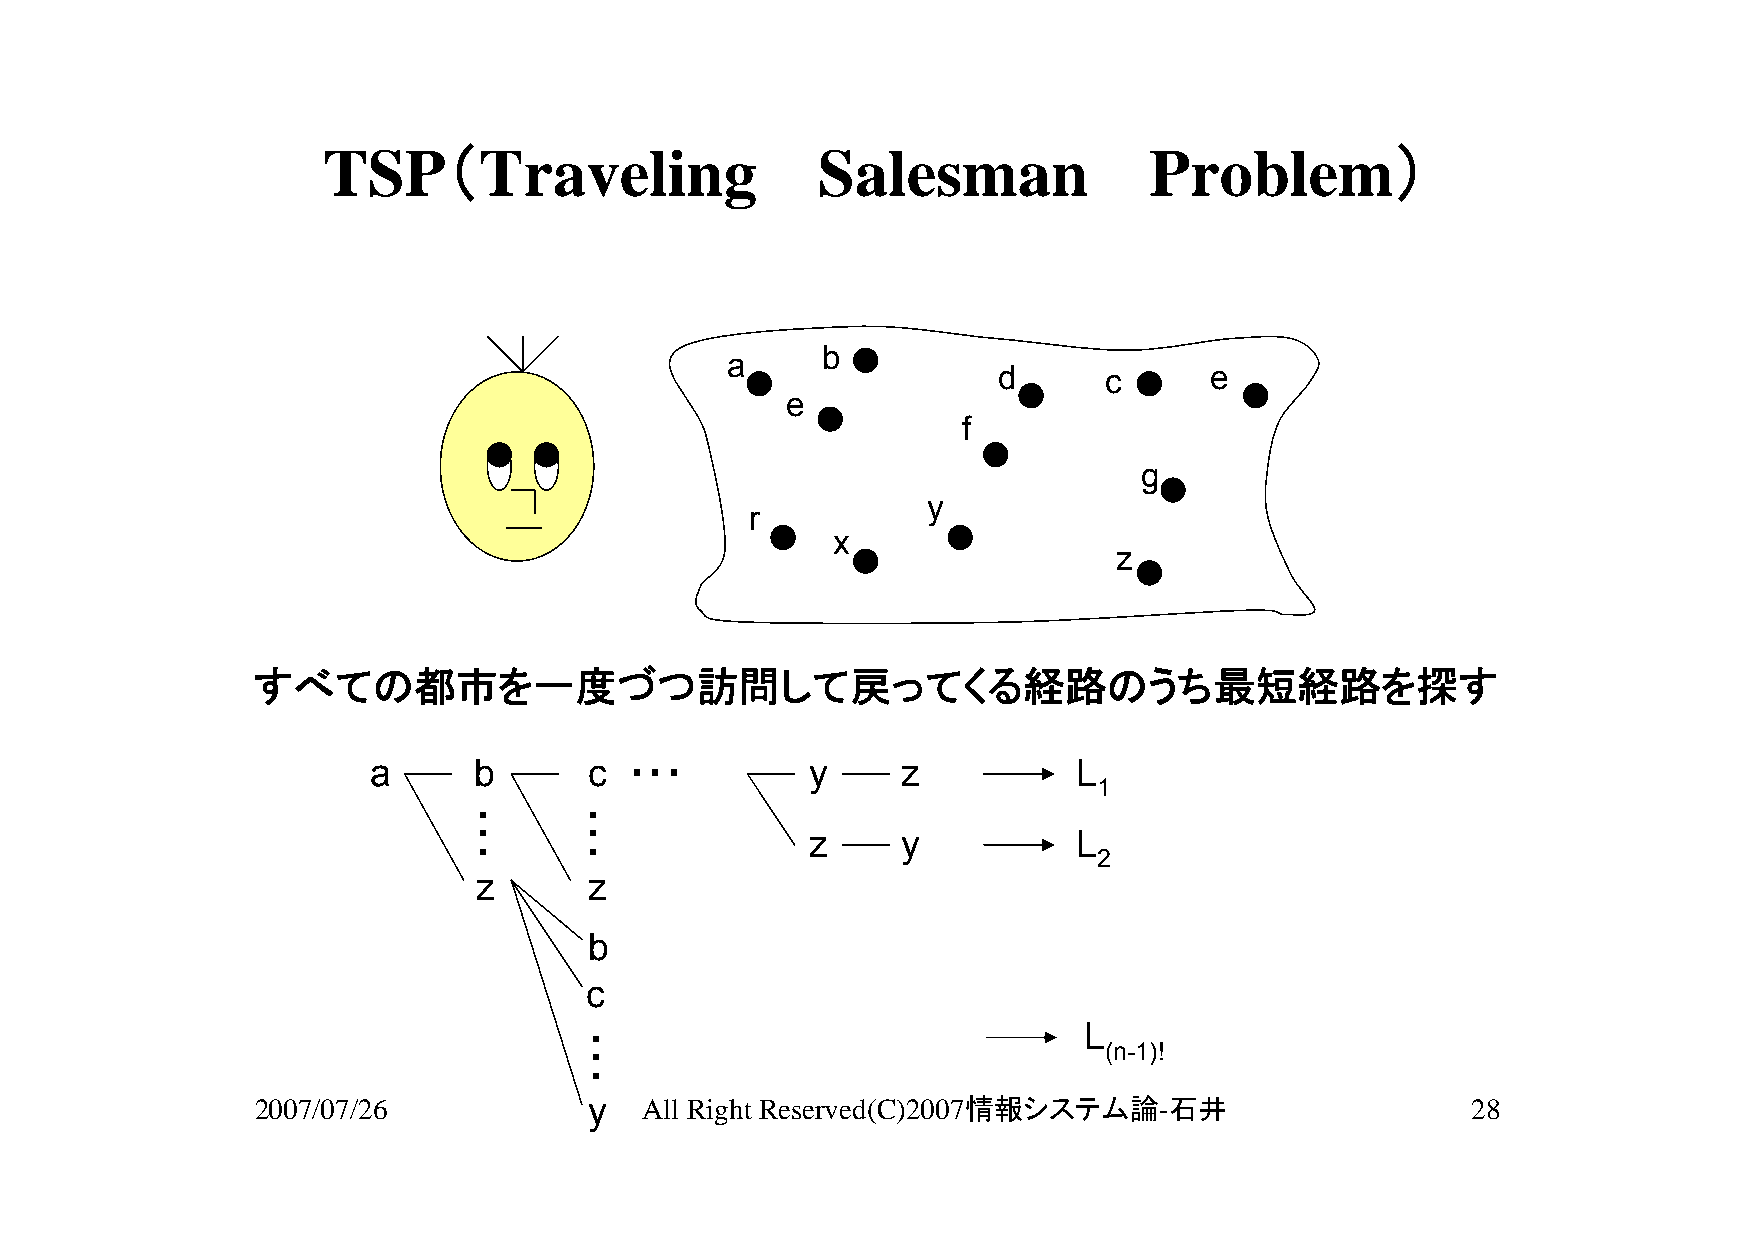
TSP（Traveling                    Salesman              Problem）
 b
 a
 d      c      e
 e
 f
 g
 y
 r
 x
 z
 すべての都市を一度づつ訪問して戻ってくる経路のうち最短経路を探す
 a      b       c  ・・・         y     z          L
 1
 ・      ・
 ・      ・
 z     y          L
 ・      ・
 2
 z       z
 b
 c
 ・                                 L
 ・                                  (n-1)!
 ・
 2007/07/26            y  All Right Reserved(C)2007情報システム論-石井                    28